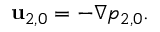
\begin{array} { r } { \mathbf { u } _ { 2 , 0 } = - \nabla p _ { 2 , 0 } . } \end{array}